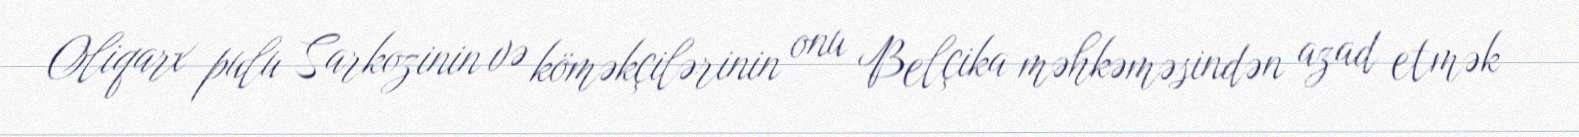
Oliqarx pulu Sarkozinin və köməkçilərinin onu Belçika məhkəməsindən azad etmək